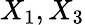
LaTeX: X_{1},X_{3}